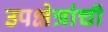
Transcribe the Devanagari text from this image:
उपक्षेत्रांची